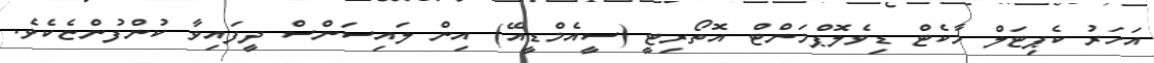
އަހަރު ކެޕިޓަލް މާކެޓް ޑިވެލޮޕްމަންޓް އޮތޯރިޓީ (ސީއެމްޑީއޭ) އިން ލައިސަންސް ދީފައިވާ ކުންފުންޏެކެވެ.